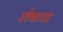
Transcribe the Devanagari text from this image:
शेषाचा